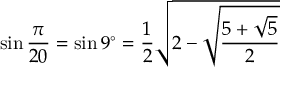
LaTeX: \sin { \frac { \pi } { 2 0 } } = \sin 9 ^ { \circ } = { \frac { 1 } { 2 } } { \sqrt { 2 - { \sqrt { \frac { 5 + { \sqrt { 5 } } } { 2 } } } } }